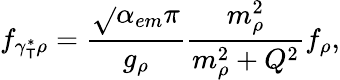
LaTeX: f_{\gamma_{\mathsf{T}}^{*}\rho}=\frac{{\sqrt{}{{\alpha_{em}\pi}}}}{{g_{\rho}}}\frac{{m_{\rho}^{2}}}{{m_{\rho}^{2}+Q^{2}}}f_{\rho},